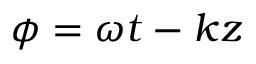
\phi = \omega t - k z